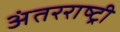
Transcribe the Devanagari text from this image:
अंतरराष्ट्री